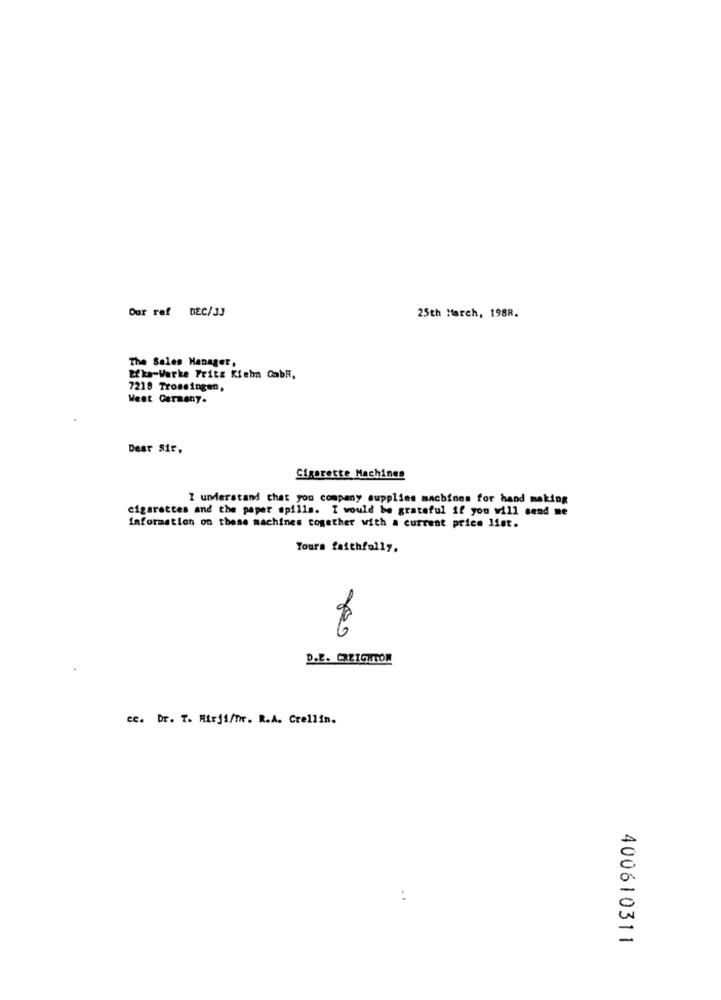
Our ref DEC/33
25th March, 1988.
The Sales Manager,
Efka-Warke Frits Kiehn CabR.
7218 Trossingen,
West Germany.
Dear Sir,
Sigarette Machines
I understand that you company supplies machines for hand making
cigarettes and the paper spills. I would be grateful if you will send me
information on these machines together with a current price list.
Yours faithfully,
D.E. CREIGHTON
ec. Dr. T. Hirji/fr. R.A. Crellin.
400610311